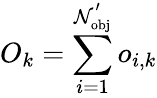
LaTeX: O_{k}=\sum_{i=1}^{\mathcal{N}_{\mathrm{{{obj}}}}^{'}}o_{i,k}